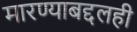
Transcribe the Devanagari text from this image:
मारण्याबद्दलही